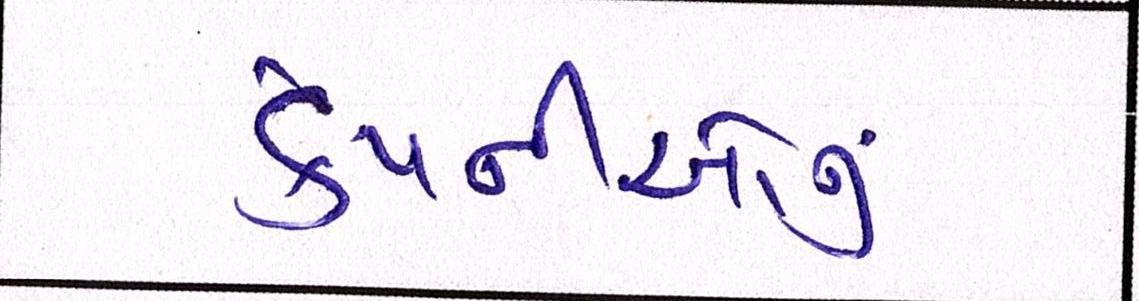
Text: કંપનીઓનું